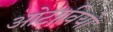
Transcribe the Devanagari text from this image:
ओटावियो